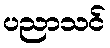
ပညာသင်